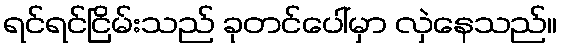
ရင်ရင်ငြိမ်းသည် ခုတင်ပေါ်မှာ လှဲနေသည်။